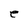
Character: e